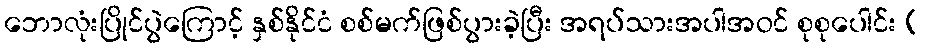
ဘောလုံးပြိုင်ပွဲကြောင့် နှစ်နိုင်ငံ စစ်မက်ဖြစ်ပွားခဲ့ပြီး အရပ်သားအပါအဝင် စုစုပေါင်း (